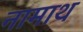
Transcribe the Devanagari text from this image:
नामाथ